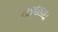
વડલાદાદા